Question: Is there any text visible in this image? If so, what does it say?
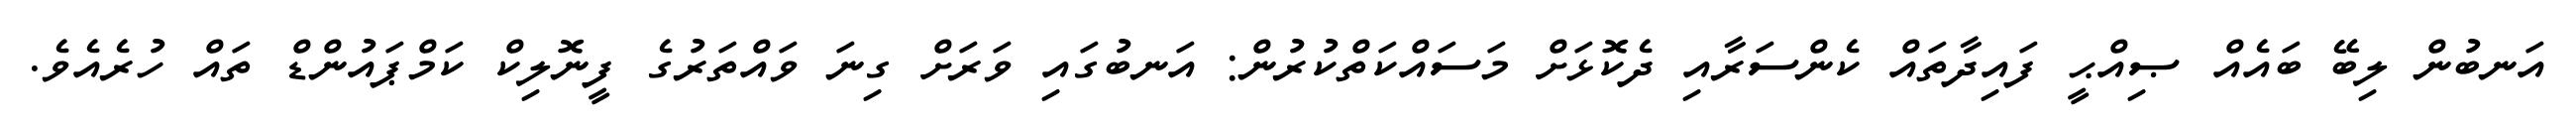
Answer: އަނބުން ލިބޭ ބައެއް ޞިއްޙީ ފައިދާތައް ކެންސަރާއި ދެކޮޅަށް މަސައްކަތްކުރުން: އަނބުގައި ވަރަށް ގިނަ ވައްތަރުގެ ފީނޮލިކް ކަމްޕައުންޑް ތައް ހުރެއެވެ.